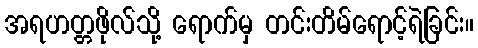
အရဟတ္တဖိုလ်သို့ ရောက်မှ တင်းတိမ်ရောင့်ရဲခြင်း။